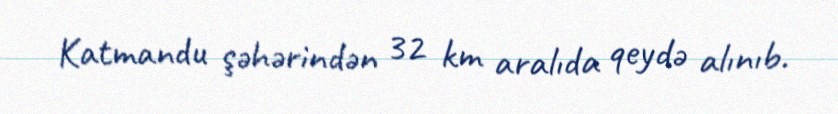
Katmandu şəhərindən 32 km aralıda qeydə alınıb.